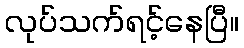
လုပ်သက်ရင့်နေပြီ။